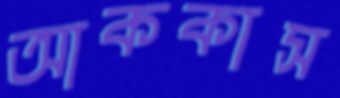
আককাস